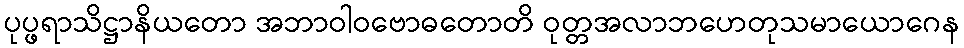
ပုပ္ဖရာသိဋ္ဌာနိယတော အဘာဝါဝဗောဓတောတိ ဝုတ္တအလာဘဟေတုသမာယောဂေန